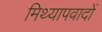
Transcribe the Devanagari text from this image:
मिथ्‍यापवादों